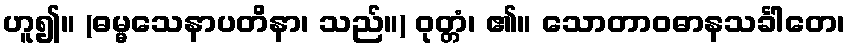
ဟူ၍။ (ဓမ္မသေနာပတိနာ၊ သည်။) ဝုတ္တံ၊ ၏။ သောတာဝဓာနသင်္ခါတေ၊